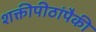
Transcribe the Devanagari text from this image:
शक्तीपीठांपैकी